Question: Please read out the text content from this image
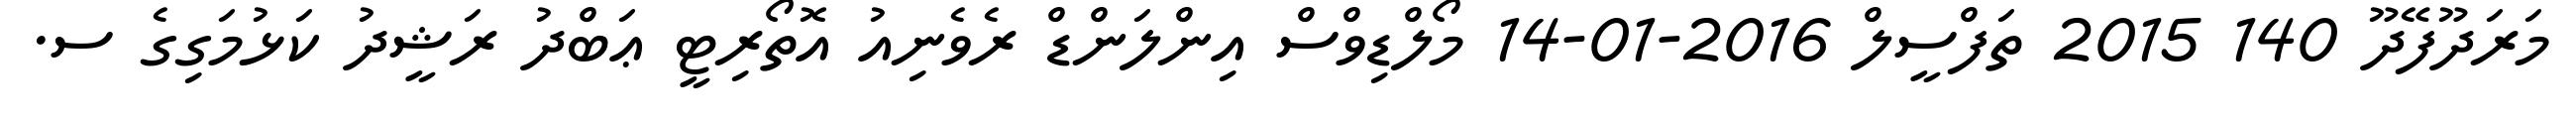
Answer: މަރަދޫފޭދޫ 140 2015 ތަފްސީލް 2016-01-14 މޯލްޑިވްސް އިންލަންޑް ރެވެނިއު އޮތޯރިޓީ ޢަބްދު ރަޝީދު ކަޅުމަގިގެ ސ.